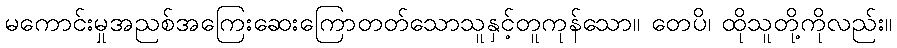
မကောင်းမှုအညစ်အကြေးဆေးကြောတတ်သောသူနှင့်တူကုန်သော။ တေပိ၊ ထိုသူတို့ကိုလည်း။